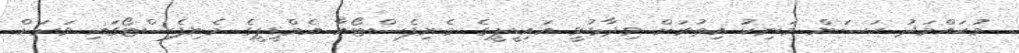
މުޙައްމަދު ޙަސަން މަނިކު އިތުރަށް ވިދާޅުވީ އައިޑީޕީގެ މެނިފެސްޓޯއާ އެމްޑީޕީގެ މެނިފެސްޓޯގައި ވަރަށް